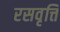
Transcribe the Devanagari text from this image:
रसवृत्ति